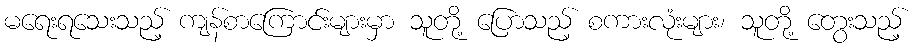
မရေးရသေးသည့် ကျန်စာကြောင်းများမှာ သူတို့ ပြောသည့် စကားလုံးများ၊ သူတို့ တွေးသည့်